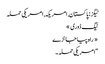
ٹیگز : پاکستان, امریکہ, امریکی حملہ
ٹیگ ڈوری »
« راہ پیا جانڑے
“امریکی حملہ ۔